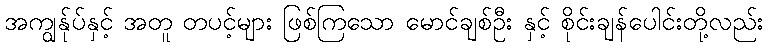
အကျွန်ုပ်နှင့် အတူ တပင့်များ ဖြစ်ကြသော မောင်ချစ်ဦး နှင့် စိုင်းချန်ပေါင်းတို့လည်း